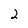
Character: 2